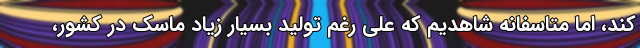
کند، اما متاسفانه شاهدیم که علی رغم تولید بسیار زیاد ماسک در کشور،